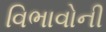
વિભાવોની